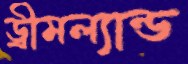
ড্রীমল্যান্ড